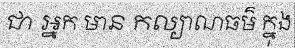
ជា អ្នក មាន កល្យាណធម៌ ក្នុង